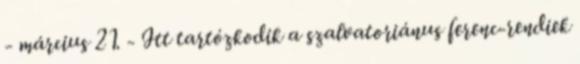
- március 21. - Itt tartózkodik a szalvatoriánus ferenc-rendiek